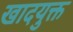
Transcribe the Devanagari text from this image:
खादयुक्त